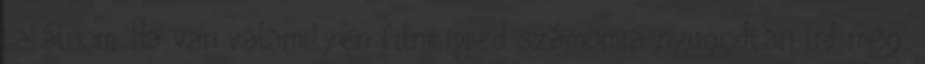
találnom. Ha van valamilyen filmtipped számomra nyugodtan írd meg.